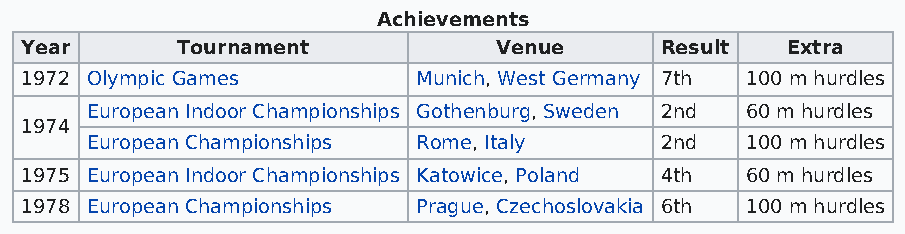
Achievements
 Year       Tournament           Venue      Result  Extra
 1972 Olympic Games         Munich, West Germany 7th 100 m hurdles
 European Indoor Championships Gothenburg, Sweden 2nd 60 m hurdles
 1974
 European Championships Rome, Italy    2nd  100 m hurdles
 1975 European Indoor Championships Katowice, Poland 4th 60 m hurdles
 1978 European Championships Prague, Czechoslovakia 6th 100 m hurdles